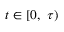
t \in [ 0 , \ \tau )